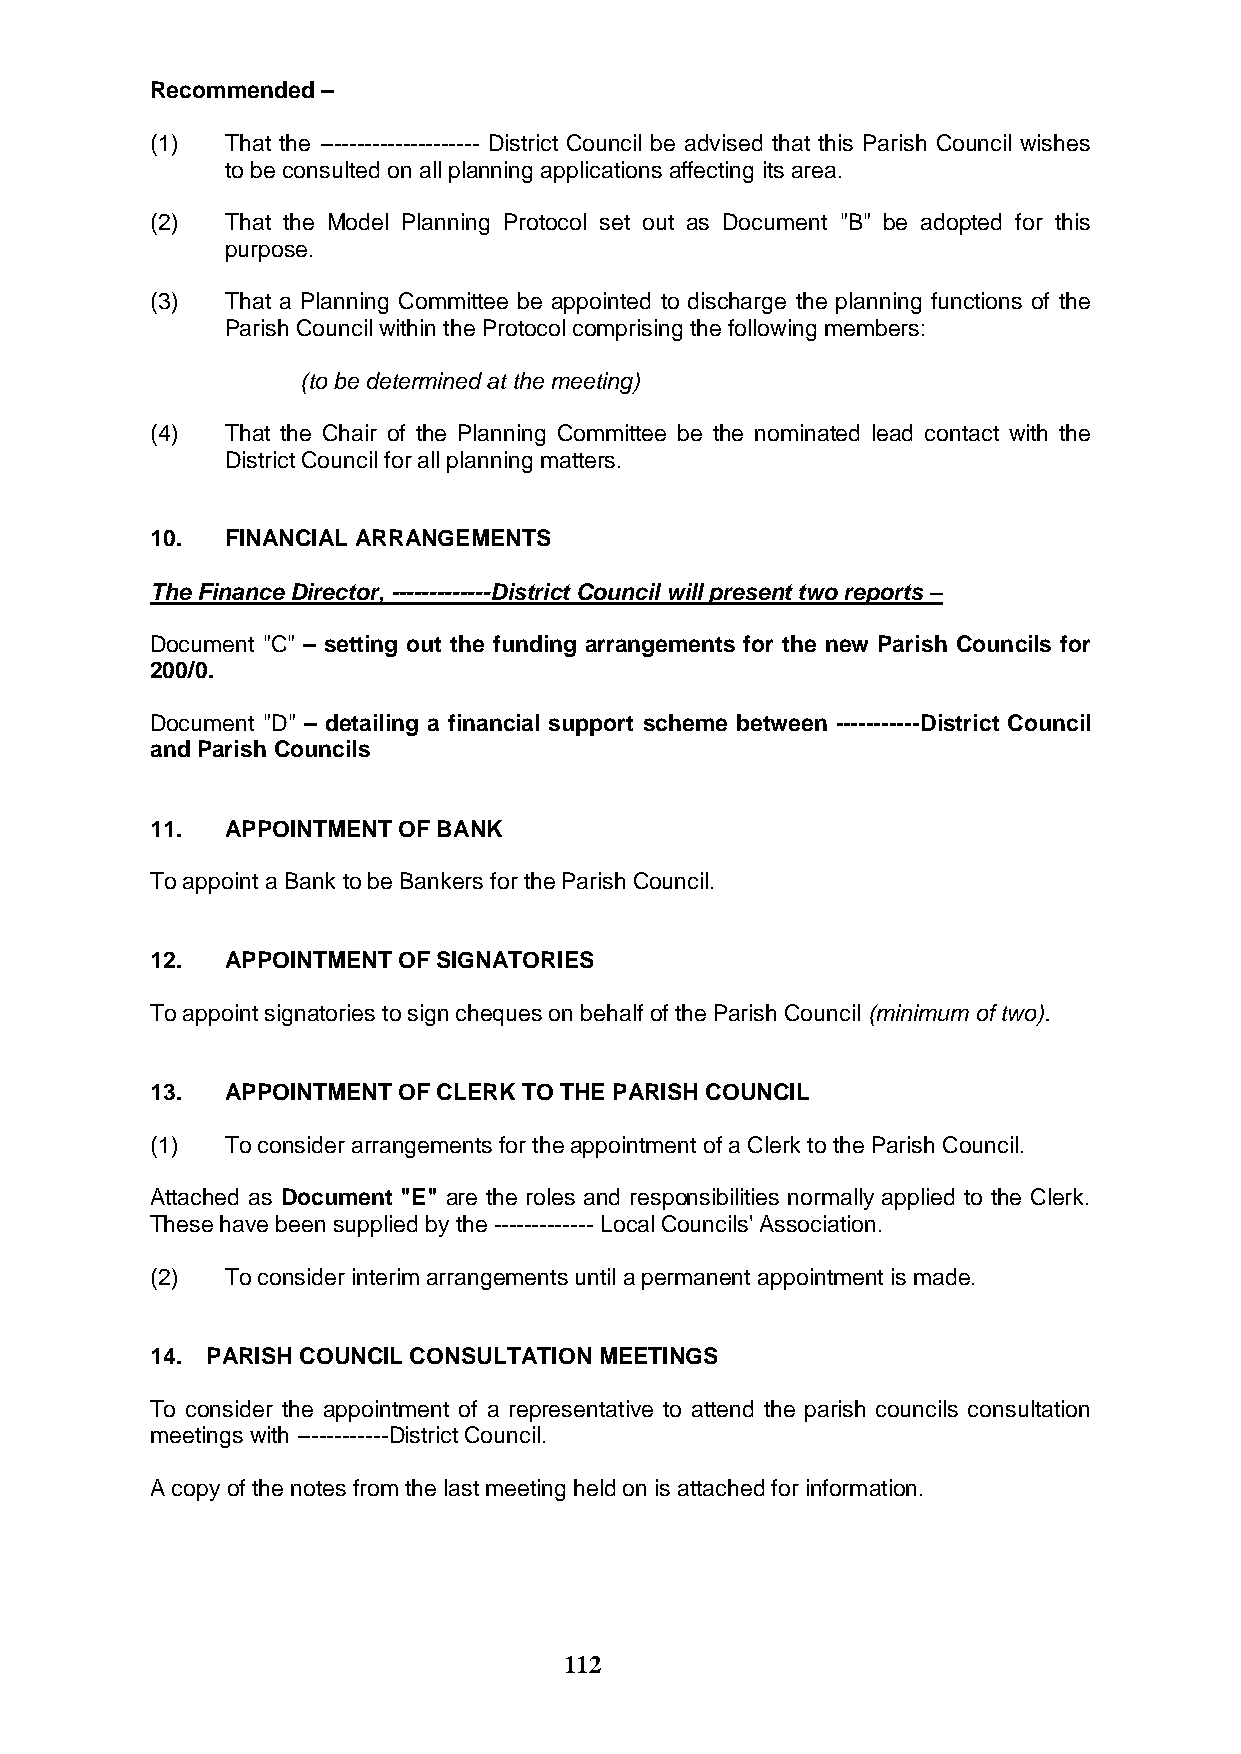
Recommended –
 (1)  That the --------------------- District Council be advised that this Parish Council wishes
 to be consulted on all planning applications affecting its area.
 (2)  That the Model Planning Protocol set out as Document "B" be adopted for this
 purpose.
 (3)  That a Planning Committee be appointed to discharge the planning functions of the
 Parish Council within the Protocol comprising the following members:
 (to be determined at the meeting)
 (4)  That the Chair of the Planning Committee be the nominated lead contact with the
 District Council for all planning matters.
 10.  FINANCIAL ARRANGEMENTS
 The Finance Director, -------------District Council will present two reports –
 Document "C" – setting out the funding arrangements for the new Parish Councils for
 200/0.
 Document "D" – detailing a financial support scheme between -----------District Council
 and Parish Councils
 11.  APPOINTMENT OF BANK
 To appoint a Bank to be Bankers for the Parish Council.
 12.  APPOINTMENT OF SIGNATORIES
 To appoint signatories to sign cheques on behalf of the Parish Council (minimum of two).
 13.  APPOINTMENT OF CLERK TO THE PARISH COUNCIL
 (1)  To consider arrangements for the appointment of a Clerk to the Parish Council.
 Attached as Document "E" are the roles and responsibilities normally applied to the Clerk.
 These have been supplied by the ------------- Local Councils' Association.
 (2)  To consider interim arrangements until a permanent appointment is made.
 14. PARISH COUNCIL CONSULTATION MEETINGS
 To consider the appointment of a representative to attend the parish councils consultation
 meetings with ------------District Council.
 A copy of the notes from the last meeting held on is attached for information.
 112